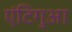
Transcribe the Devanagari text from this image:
एंटिगुआ